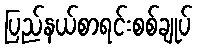
ပြည်နယ်စာရင်းစစ်ချုပ်